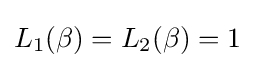
L_{1}(\beta )=L_{2}(\beta )=1